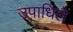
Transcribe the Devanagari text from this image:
उपाधिले